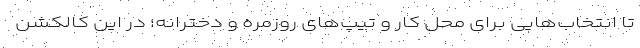
تا انتخاب‌هایی برای محل کار و تیپ‌های روزمره و دخترانه؛ در این کالکشن